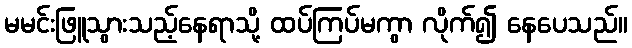
မမင်းဖြူသွားသည့်နေရာသို့ ထပ်ကြပ်မကွာ လိုက်၍ နေပေသည်။